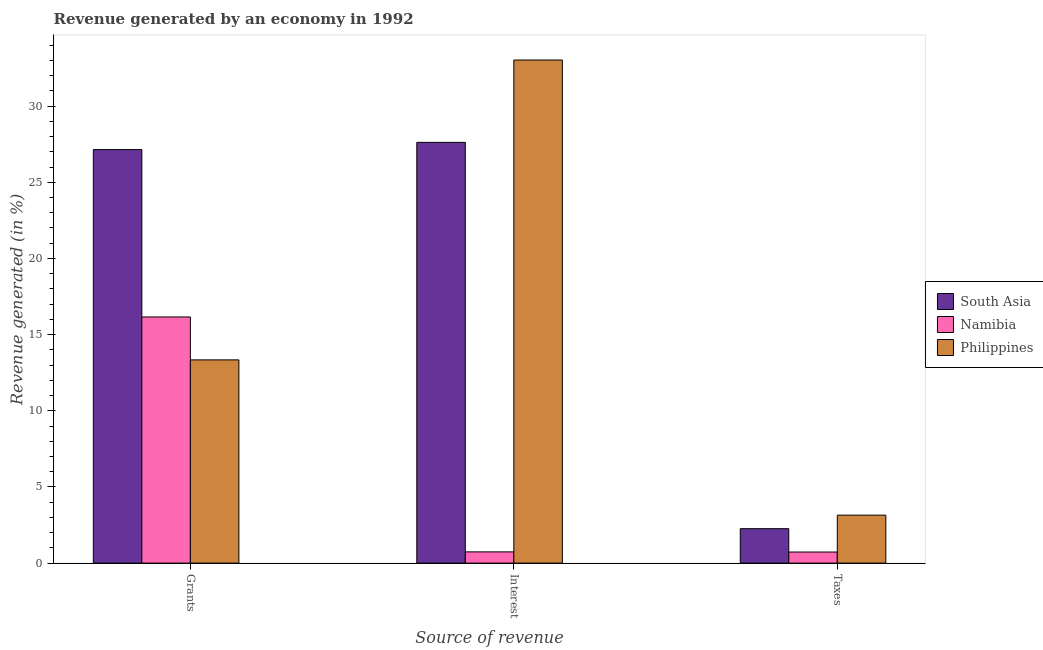
| Source of revenue | South Asia | Namibia | Philippines |
 | --- | --- | --- | --- |
 | Grants | 27.1 | 16.2 | 13.3 |
 | Interest | 27.6 | 0.737 | 33 |
 | Taxes | 2.26 | 0.727 | 3.15 |